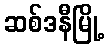
ဆစ်ဒနီမြို့